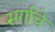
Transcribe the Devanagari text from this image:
सर्गांचे